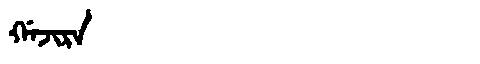
Manchu: ᡤᠠᠵᡳᡵᠠ
Romanization: GAJIRA